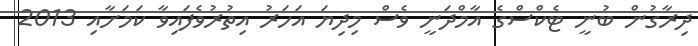
ދިރާގުން ބުނީ ޓެކްސްގެ އާމްދަނީ ވެސް މިދިޔަ އަހަރު އިތުރުވެފައިވާ ކަމަށާއި 2013